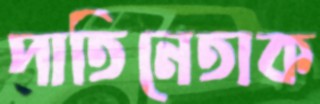
পাতিনেতাক